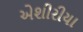
એશીરીયા